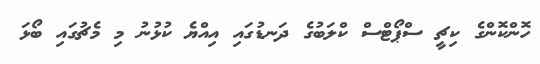
ހޮންކޮންގެ ކިޗީ ސްޕޯޓްސް ކްލަބުގެ ދަނޑުގައި އިއްޔެ ކުޅުނު މި މެޗުގައި ބޯޅަ